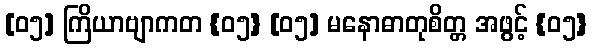
[၀၅] ကြိယာဗျာကတ {၀၅} [၀၅] မနောဓာတုစိတ္တ အဖွင့် {၀၅}